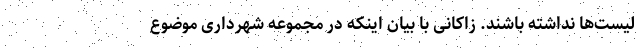
لیست‌ها نداشته باشند. زاکانی با بیان اینکه در مجموعه شهرداری موضوع